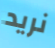
نريد